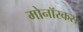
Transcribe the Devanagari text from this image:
मोनॉस्कस